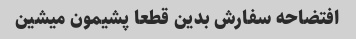
افتضاحه سفارش بدین قطعا پشیمون میشین